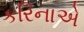
કરિનાએ